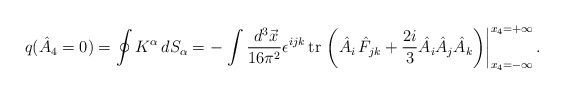
\begin{align*}q(\hat{A}_4=0)=\oint K^\alpha \,dS_\alpha =-\left. \int \frac{\,d^3\vec{x}}{16\pi ^2}\epsilon ^{ijk}\,{\rm tr\,}\left( \hat{A}_i\,\hat{F}_{jk} + \frac{2i}3\hat{A}_i\hat{A}_j\hat{A}_k\right) \right|_{x_4=-\infty }^{x_4=+\infty}.\end{align*}